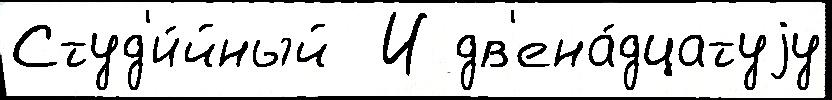
Студ'и́йный  И дв'ена́дцатуjу